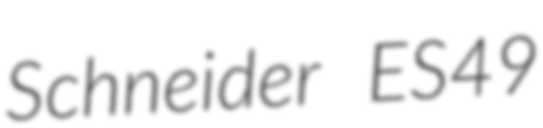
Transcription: Schneider ES49